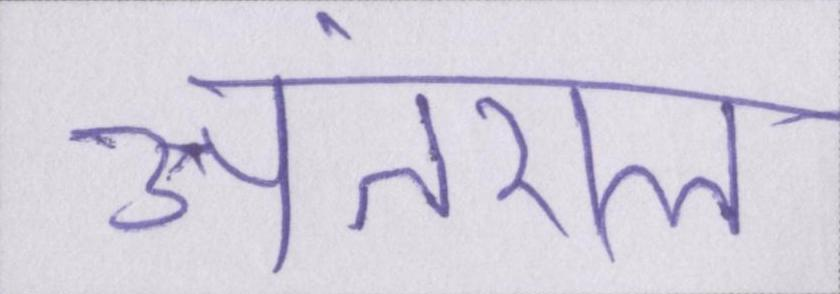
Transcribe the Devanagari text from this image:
अंतराल